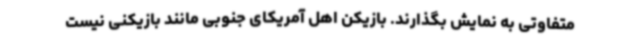
متفاوتی به نمایش بگذارند. بازیکن اهل آمریکای جنوبی مانند بازیکنی نیست